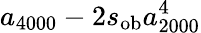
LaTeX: a_{4000}-2s_{\mathrm{ob}}a_{2000}^{4}